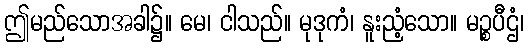
ဤမည်သောအခါ၌။ မေ၊ ငါသည်။ မုဒုကံ၊ နူးညံ့သော။ မဉ္စပီဌံ၊